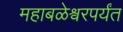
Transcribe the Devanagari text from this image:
महाबळेश्वरपर्यंत